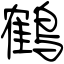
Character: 鶴